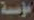
مؤسسة